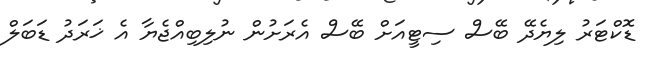
ޑޮކްޓަރު ލިޔެދޭ ބޭސް ސިޓީއަށް ބޭސް އެރަށުން ނުލިބިއްޖެޔާ އެ ޚަރަދު ޑަބަލް